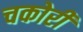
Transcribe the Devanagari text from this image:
चकोरी